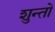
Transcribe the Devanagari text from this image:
शुन्तो